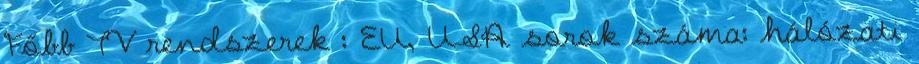
Főbb TV rendszerek : EU, USA sorok száma: hálózati